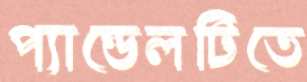
প্যান্ডেলটিতে